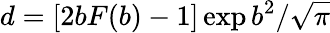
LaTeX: d=[2bF(b)-1]\exp{b^{2}}/\sqrt{\pi}